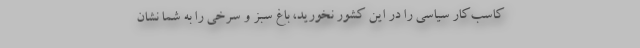
کاسب‌کار سیاسی را در این کشور نخورید، باغ سبز و سرخی را به شما نشان